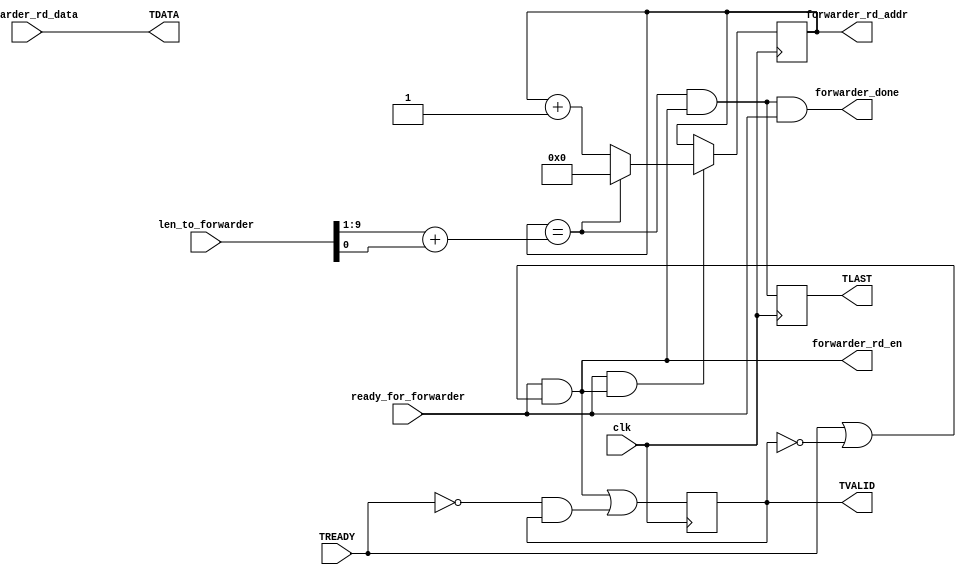
`timescale 1ns / 1ps
/*
axistream_forwarder.v

A simple forwarder which reads a packet out from packetmem.v and send it along
using the AXI Stream protocol. I don't make any claims that it satisfies every
last stipulation in the official AXI Stream spec.
*/


module axistream_forwarder # (parameter
	ADDR_WIDTH = 10
)(
	
	input wire clk,
	
	//AXI Stream interface
	output wire [63:0] TDATA, //Registered in another module
	output reg TVALID = 0,
	output reg TLAST,
	input wire TREADY,	
	
	//Interface to packetmem
	output reg [ADDR_WIDTH-1:0] forwarder_rd_addr = 0,
	input wire [63:0] forwarder_rd_data,
	output wire forwarder_rd_en,
	output wire forwarder_done, //NOTE: this must be a 1-cycle pulse.
	input wire ready_for_forwarder,
	input wire [31:0] len_to_forwarder
);

//Calculate max addr
wire [ADDR_WIDTH-1:0] maxaddr;
assign maxaddr = len_to_forwarder[ADDR_WIDTH-1:1] + len_to_forwarder[0];

assign TDATA = forwarder_rd_data; 

wire TLAST_next;
assign TLAST_next = (forwarder_rd_addr == maxaddr && forwarder_rd_en);
//The next flit in TDATA is the last, in this case 

wire [ADDR_WIDTH-1:0] next_addr;
assign next_addr = (ready_for_forwarder && forwarder_rd_en) ? ((forwarder_rd_addr == maxaddr) ? 0 : forwarder_rd_addr+1) : forwarder_rd_addr;

//We need to enable a read under the following circumstances:
// TVALID	|	TREADY	|	ready_for_forwarder |	rd_en
//	0			0			0					|	0		//Can't read if not ready for forwarder
//	0			0			1					|	1		//We can read, and we have no saved value yet
//	0			1			0					|	0		//Can't read if not ready for forwarder
//	0			1			1					|	1		//We can read, and we have no saved value yet
//	1			0			0					|	0		//Can't read if not ready for forwarder
//	1			0			1					|	0		//We have a saved value which we can't overwrite
//	1			1			0					|	0		//Can't read if not ready for forwarder
//	1			1			1					|	1		//The saved value is beign consumed, and we can read
//Oh yeah, now that I write it out, that makes sense. We always need ready_for_forwarder
//before reading from memory. And we read if TVALID is low, or if (TREADY && TVALID) is high.
//However, if you do the boolean algebra, letting A = TREADY and B = TVALID,
// AB + B' = 
// (A + B')(B + B') = 	(Distribute OR over AND)
// A + B'
// This is equal to, ready_for_forwarder && (!TVALID || (TVALID && TREADY))
assign forwarder_rd_en = (ready_for_forwarder && (TREADY || !TVALID));

wire TVALID_next;
//I should do another truth table:
// TVALID	|	TREADY	|	forwarder_rd_en		|	TVALID_next
//	0			0			0					|	0			//TVALID was 0, and no new memory was read
//	0			0			1					|	1			//New memory was read
//	0			1			0					|	0			//TVALID was 0, and no new memory was read
//	0			1			1					|	1			//TVALID was 0, but new memory was read
//	1			0			0					|	1			//TVALID was 1, and saved value was not emptied
//	1			0			1					|	d			//This can never happen due to the logic for forwarder_rd_en
//	1			1			0					|	0			//The saved value will be emptied, and no new value is read
//	1			1			1					|	1			//The saved value will be emptied and replaced
// KMAP:
//	{TREADY, TVALID}		00	01	11	10
//  forwarder_rd_en = 0		0	1	0	0
//  forwarder_rd_en = 1		1	1	1	d
// TVALID_next = forwarder_rd_en || (!TREADY && TVALID)
assign TVALID_next = forwarder_rd_en || (!TREADY && TVALID);

always @(posedge clk) begin
	forwarder_rd_addr <= next_addr;
	TVALID <= TVALID_next;
	TLAST <= TLAST_next;
end

assign forwarder_done = TLAST_next && ready_for_forwarder;

endmodule